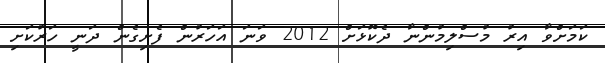
ކަމަށްވާ އިރު މުސްލިމުންނާ ދެކޮޅަށް 2012 ވަނަ އަހަރުން ފެށިގެން ދަނީ ހަރުކަށި